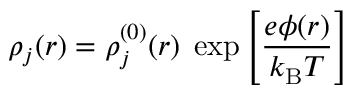
\rho _ { j } ( r ) = \rho _ { j } ^ { ( 0 ) } ( r ) \; \exp \left[ { \frac { e \phi ( r ) } { k _ { \mathrm { B } } T } } \right]